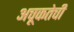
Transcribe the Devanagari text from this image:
अचूकतेची